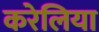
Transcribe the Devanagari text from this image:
करेलिया